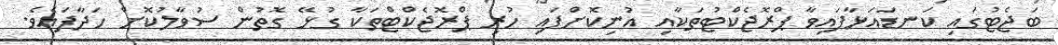
ބަޖެޓުގައި ކަނޑައަޅާފައިވާ ޕްރޮޖެކްޓުތަކާއި އުނިކޮށްފައި ހުރި ޕްރޮޖެކްޓްތަކާ ގުޅޭ ގޮތުން ސުވާލުކޮށް ހަދާފައެވެ.